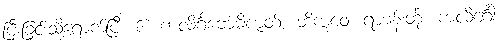
ပြီးခြင်းသို့ရောက်ပြီ။ ၆။ ကလိင်္ဂဗောဓိဇာတ်။ ဘိက္ခဝေ၊ ရဟန်းတို့။ ကလိင်္ဂေါ၊